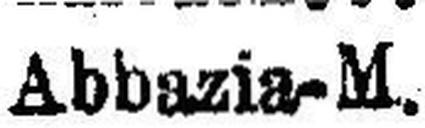
Abbazia-M